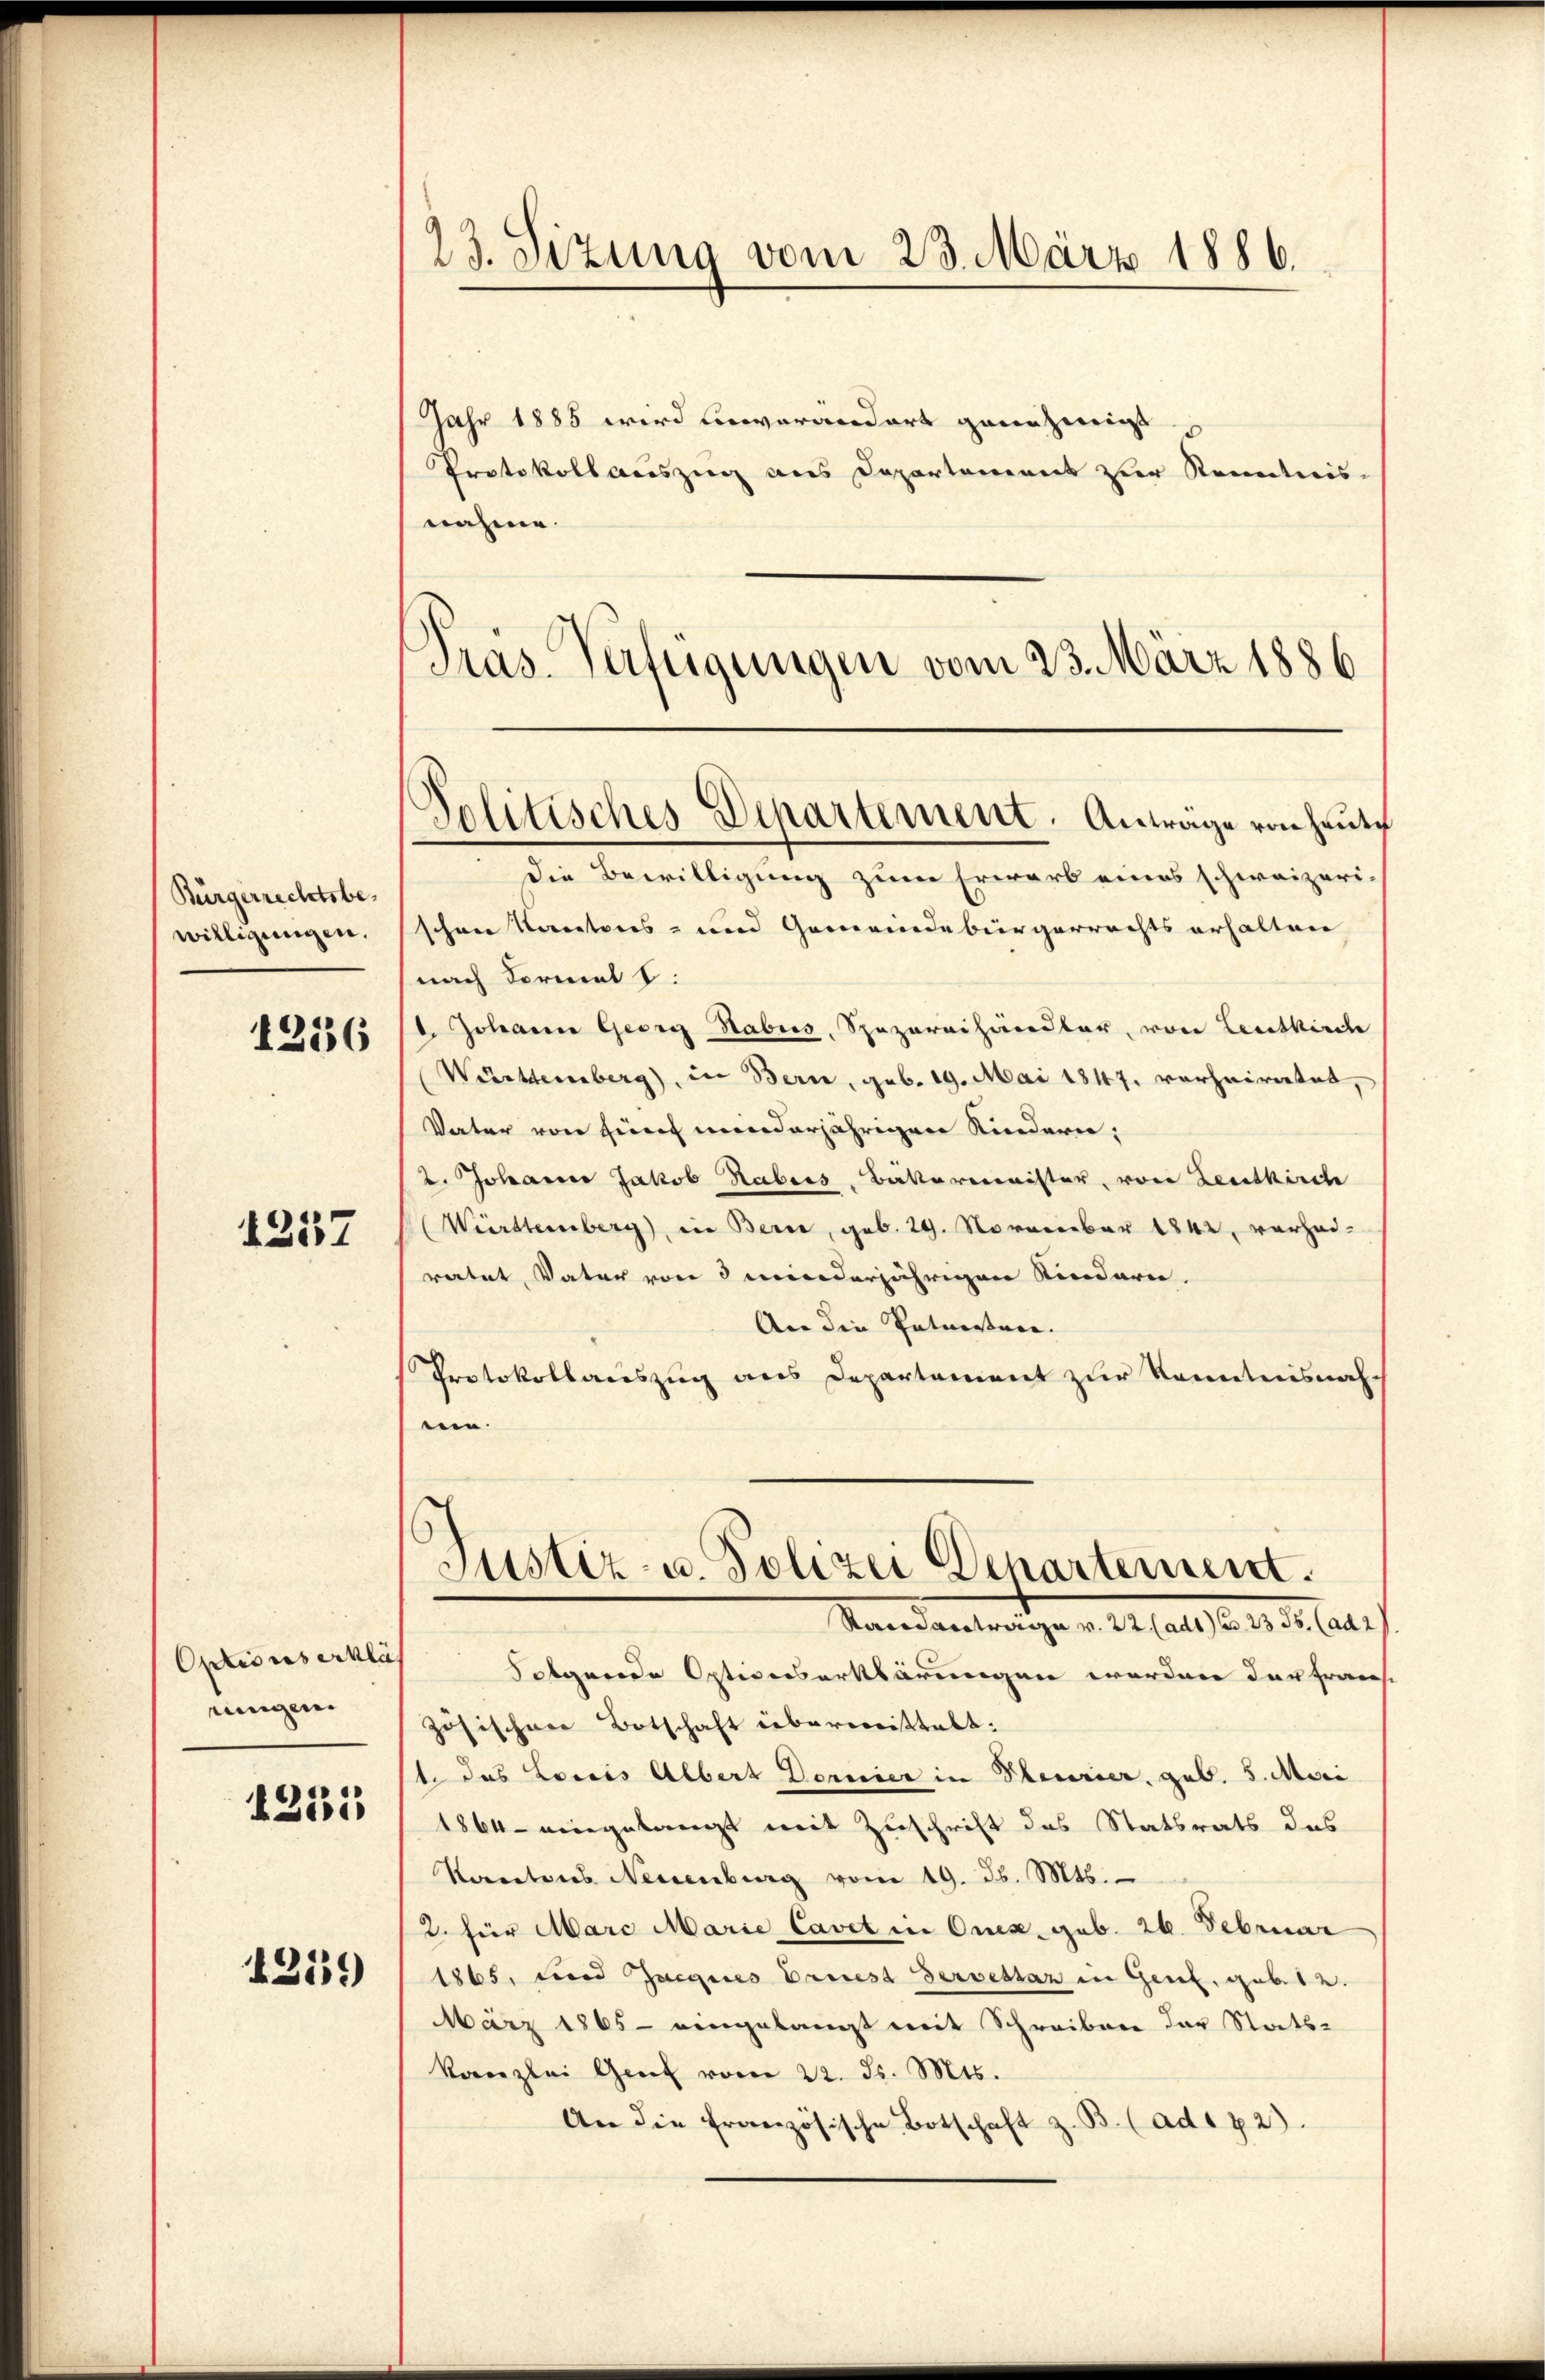
Bürgerrechtsbewilligungen.

1236

1257

Optic ses erklich
ringen.
1255

4359)

23. Sizung vom 23. März 1886.

Jahr 1885 wird unverändert genehmigt
Protokollauszug aus Departement zur Kenntnis
nahme.
Präs. Verfügungen vom 23. März 1886
die Bewilligung zum Erwarb eines schweizeri-
schon Kantons- und Gemeindebürgerrechts erhalten
nach Formel 1.
I. Johann Georg Habus, Spazareihändler, von Leitkirche
Württemberg), in Bern, geb. 19. Mai 1847. verheiratet,
Vater von hin minderjährigen Kindern,
2. Johannes Jakob Habers, Batterminister, von Leutkirche
(Würsteinberg), in Bern, geb. 29. November 1842, vorhad-
ratet, Vater von 5 winderjährigen Kinderen.
An die Patierten.
Protokollauszug aus Departement zur Kenntnisnah
.
Justiz- u. Polizei Departement.
Standantrage v. 22 (ad1) S. 2335. (ad 2
Folgende Opticesserklärungen worden der frans
zösischen Botschaft überweittelt.
t das Louis Albert Demier in Theurier, geb. 5. Mari
1864 eingelangt mit Zuschrift des Statsrats des
Starretenes Neuenburg vom 19. Js. Mts.
/2. für Marc Marie Cavet in Onesgub. 26. Februar
1865, und Zueges Driest deressar in Genf, gebte.
März 1865 - eingelangt mit Schreiben der Stats-
kanzlei Gent vom 22. ds. Mts.
An die französische Botschaft z. B. (ad 172).

Politisches Departement. Antrage von heute